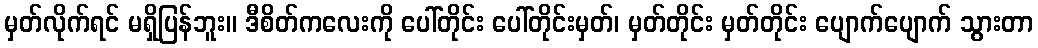
မှတ်လိုက်ရင် မရှိပြန်ဘူး။ ဒီစိတ်ကလေးကို ပေါ်တိုင်း ပေါ်တိုင်းမှတ်၊ မှတ်တိုင်း မှတ်တိုင်း ပျောက်ပျောက် သွားတာ